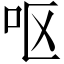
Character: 呕